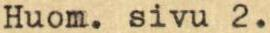
Huom. sivu 2.